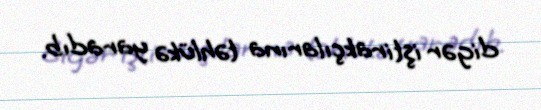
digər iştirakçılarına təhlükə yaradıb.